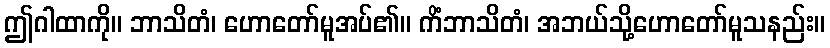
ဤဂါထာကို။ ဘာသိတံ၊ ဟောတော်မူအပ်၏။ ကိံဘာသိတံ၊ အဘယ်သို့ဟောတော်မူသနည်း။